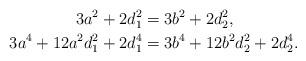
LaTeX: \begin{align*}3a^2+2d_1^2 &= 3b^2+2d_2^2, \\3a^4+12a^2d_1^2+2d_1^4 &= 3b^4+12b^2d_2^2+2d_2^4.\end{align*}